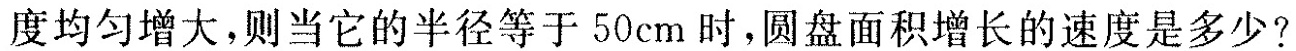
度均匀增大，则当它的半径等于50cm时，圆盘面积增长的速度是多少?